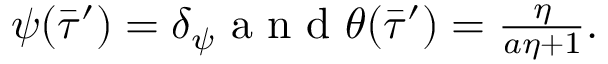
\begin{array} { r } { \psi ( \bar { \tau } ^ { \prime } ) = \delta _ { \psi } \mathrm { ~ a ~ n ~ d ~ } \theta ( \bar { \tau } ^ { \prime } ) = \frac { \eta } { a \eta + 1 } . } \end{array}